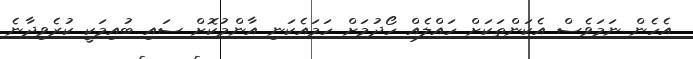
އެހެން ނަމަވެސް އެކަންތަކަށް ހައްލެއް ހޯދުމަށް ހަމައެކަނި އާންމުކޮށް ސައި ބުއިމަކީ ކުރެވިދާނެ